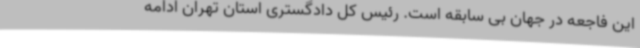
این فاجعه در جهان بی سابقه‌ است. رئیس کل دادگستری استان تهران ادامه